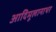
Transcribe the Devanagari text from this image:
आदिमूलानाथर